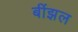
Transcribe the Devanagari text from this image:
बींझल